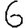
Digit: 6